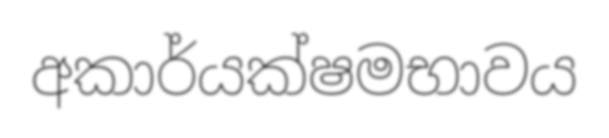
අකාර්යක්ෂමභාවය